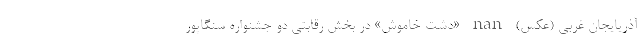
آذریایجان غربی (عکس) nan «دشت خاموش» در بخش رقابتی دو جشنواره سنگاپور